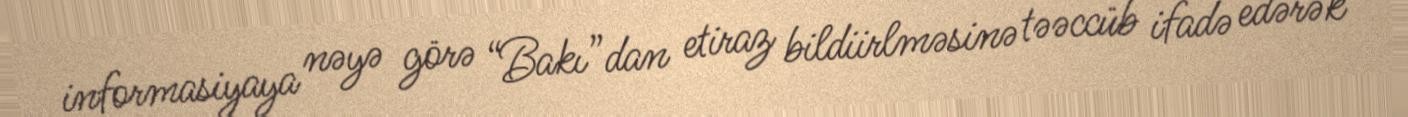
informasiyaya nəyə görə “Bakı”dan etiraz bildiirlməsinə təəccüb ifadə edərək